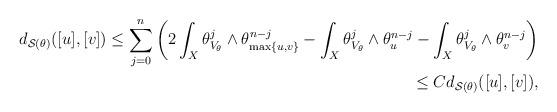
LaTeX: \begin{align*}d_{\mathcal{S}(\theta)}([u],[v]) \le \sum_{j=0}^n \bigg( 2 \int_X \theta_{V_\theta}^j \wedge \theta_{\max\{u,v\}}^{n-j} - \int_X \theta_{V_\theta}^j \wedge \theta_u^{n-j}-\int_X \theta_{V_\theta}^j \wedge \theta_v^{n-j} \bigg)\\\le C d_{\mathcal{S}(\theta)}([u],[v]),\end{align*}